Cholera in southern India
Disease focus: Cholera
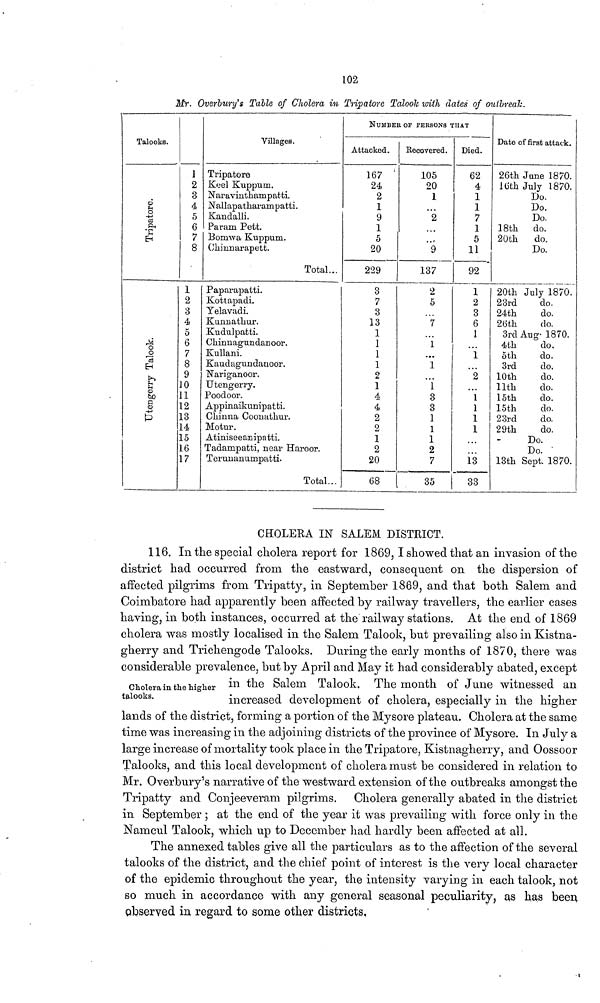
102
MR. Overbury's Table of Cholera in Tripatore Talook with dates of outbreak.
Talooks.
1
2
3
4
5
6
7
8
1
2
3
4
5
6
7
8
9
10
11
12
13
14
15
16
17
Villages.
Tripatore
Keel Kuppum.
Naravinthampatti.
Nallapatharampatti.
Kandalli.
Param Pett.
Bomwa Kuppum.
Chinnarapett.
Total...
Paparapatti.
Kottapadi.
Yelavadi.
Kunnathur.
Kudulpatti.
Chinnagundanoor.
Kullani.
Kaudagundanoor.
Nariganoor.
Utengerry.
Poodoor.
Appinaikunipatti.
Chinna Coonathur.
Motur.
Atiniseeanipatti.
Tadampatti, near Haroor.
Terunanumpatti.
Total...
NUMBER OF PERSONS THAT
Attacked.
167 '
24
2
1
9
1
5
20
229
3
7
3
13
1
1
1
1
2
1
4
4
2
2
1
2
20
68
Recovered.
105
20
1
2
"9
137
2
5
"7
1
...
1
1
3
3
1
1
1
2
7
35
Died.
62
4
1
1
7
1
5
11
92
1
2
3
6
1
1
1
1
1
1
13
33
Date of first attack.
26th June 1870.
16th July 1870.
Do.
Do.
Do.
18th do.
20th
do.
Do.
20th July 1870.
23rd
do.
24th
do.
26th
do.
3rd Aug. 1870.
4th
do.
5th
do.
3rd
do.
10th
do.
11th
do.
15th
do.
15th
do.
23rd
do.
29th
do.
Do.
Do.
13th Sept. 1870.
CHOLERA IN SALEM DISTRICT.
116. In the special cholera report for 1869, I showed that an invasion of the
district had occurred from the eastward, consequent on the dispersion of
affected pilgrims from Tripatty, in September 1869, and that both Salem and
Coimbatore had apparently been affected by railway travellers, the earlier cases
having, in both instances, occurred at the railway stations. At the end of 1869
cholera was mostly localised in the Salem Talook, but prevailing also in Kistna-
gherry and Trichengode Talooks. During the early months of 1870, there was
considerable prevalence, but by April and May it had considerably abated, except
Cholera in the higher in the Salem Talook. The month of June witnessed an
talooks
increased development of cholera, especially in the higher
lands of the district, forming a portion of the Mysore plateau. Cholera at the same
time was increasing in the adjoining districts of the province of Mysore. In July a
large increase of mortality took place in the Tripatore, Kistnagherry, and Oossoor
Talooks, and this local development of cholera must be considered in relation to
Mr. Overbury's narrative of the westward extension of the outbreaks amongst the
Tripatty and Conjeeveram pilgrims.
Cholera generally abated in the district
in September ; at the end of the year it was prevailing with force only in the
Namcul Talook, which up to December had hardly been affected at all.
The annexed tables give all the particulars as to the affection of the several
talooks of the district, and the chief point of interest is the very local character
of the epidemic throughout the year, the intensity varying in each talook, not
so much in accordance with any general seasonal peculiarity, as has been
observed in regard to some other districts,